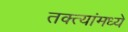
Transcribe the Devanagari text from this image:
तक्त्यांमध्ये